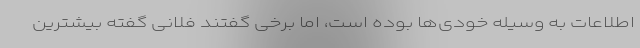
اطلاعات به وسیله خودی‌ها بوده است، اما برخی گفتند فلانی گفته بیشترین